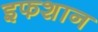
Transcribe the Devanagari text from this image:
इफशान